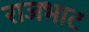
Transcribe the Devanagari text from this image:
राजभाट